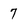
Character: 7